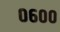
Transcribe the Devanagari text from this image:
०६००